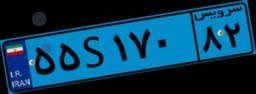
۵۲S۳۴۳۱۹